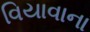
વિયાવાના